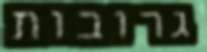
גרובות